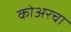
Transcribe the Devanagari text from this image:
कोअरचा